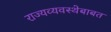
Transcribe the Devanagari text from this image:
राज्यव्यवस्थेबाबत